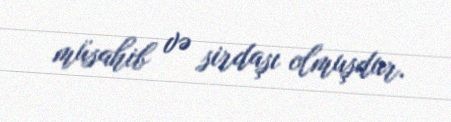
müsahib və sirdaşı olmuşdur.